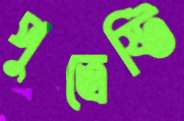
পুত্রেষ্টি